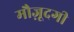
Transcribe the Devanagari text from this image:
मौज़ूदगी